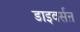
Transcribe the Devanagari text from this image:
डाइवर्सऩ